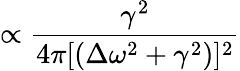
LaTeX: \propto\frac{\gamma^{2}}{4\pi[(\Delta\omega^{2}+\gamma^{2})]^{2}}